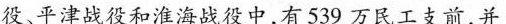
役、平津战役和淮海战役中，有539万民工支前，并